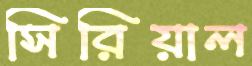
সিরিয়াল